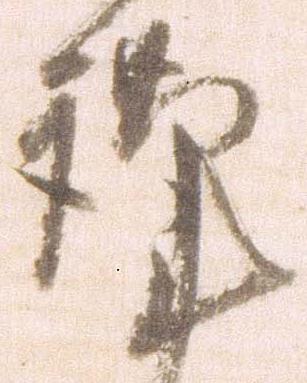
謹